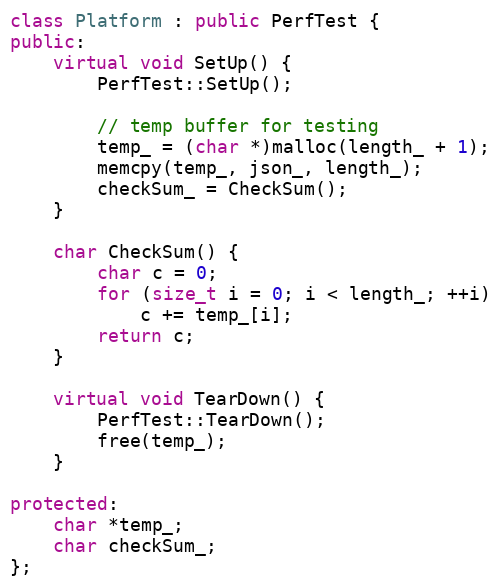
Language: C++
class Platform : public PerfTest {
public:
    virtual void SetUp() {
        PerfTest::SetUp();

        // temp buffer for testing
        temp_ = (char *)malloc(length_ + 1);
        memcpy(temp_, json_, length_);
        checkSum_ = CheckSum();
    }

    char CheckSum() {
        char c = 0;
        for (size_t i = 0; i < length_; ++i)
            c += temp_[i];
        return c;
    }

    virtual void TearDown() {
        PerfTest::TearDown();
        free(temp_);
    }

protected:
    char *temp_;
    char checkSum_;
};